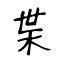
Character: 枼